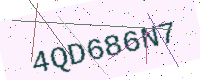
Text: 4QD686N7